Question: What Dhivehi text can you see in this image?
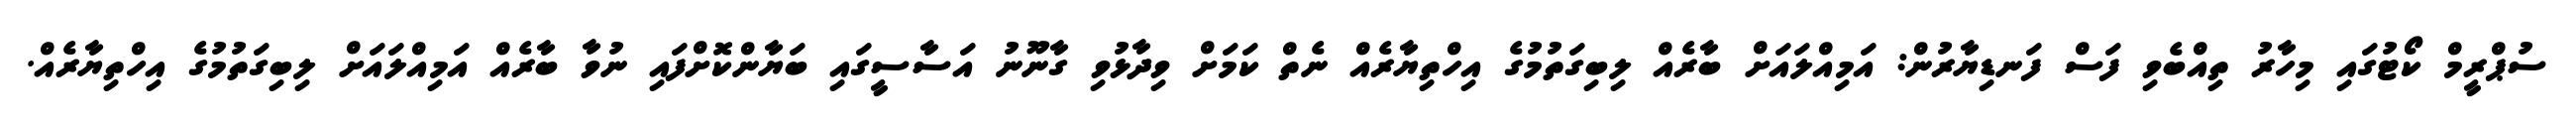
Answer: ސުޕްރީމް ކޯޓުގައި މިހާރު ތިއްބެވި ފަސް ފަނޑިޔާރުން: އަމިއްލައަށް ބާރެއް ލިބިގަތުމުގެ އިހްތިޔާރެއް ނެތް ކަމަށް ވިދާޅުވި ގާނޫނު އަސާސީގައި ބަޔާންކޮށްފައި ނުވާ ބާރެއް އަމިއްލައަށް ލިބިގަތުމުގެ އިހްތިޔާރެއް.